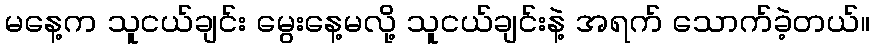
မနေ့က သူငယ်ချင်း မွေးနေ့မလို့ သူငယ်ချင်းနဲ့ အရက် သောက်ခဲ့တယ်။